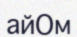
айОм